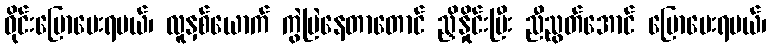
ဝိုင်းပြောပေးရမယ်၊ လူနှစ်ယောက် ကွဲပြဲနေတာတောင် ညှိနှိုင်းပြီး ညီညွတ်အောင် ပြောပေးရမယ်၊